[Report on the health of British troops in the Madras command]
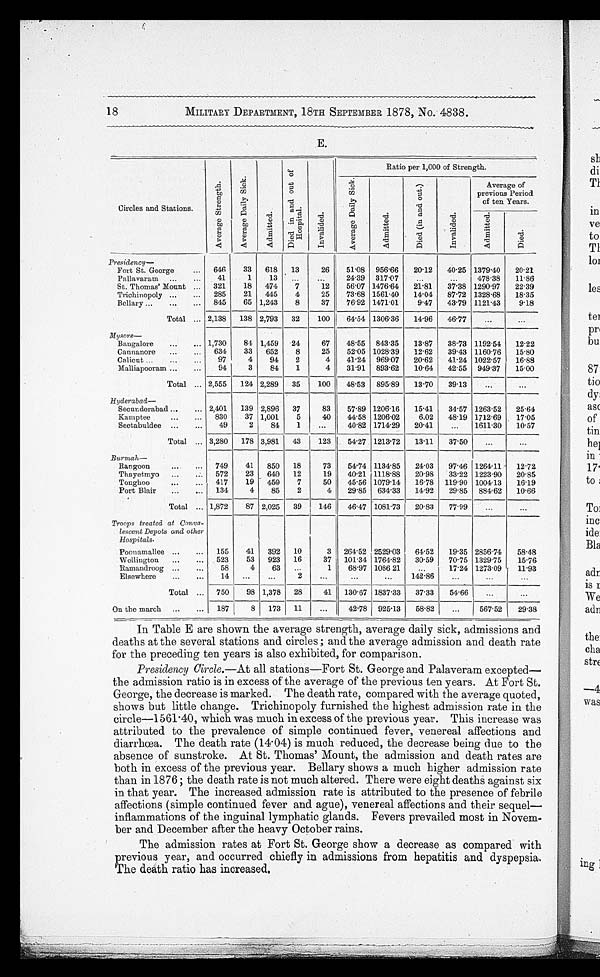
MILITARY DEPARTMENT, 18TH SEPTEMBER 1878, No. 4838.
E.
Circles and Stations.
A v e r a g e S t r e n g t h .
A v e r a g e D a i l y S i c k .
A d m i t t e d .
D i e d i n a n d o u t o f H o s p i t a l .
I n v a l i d e d .
Ratio per 1,000 of Strength.
A v e r a g e D a i l y S i c k .
A d m i t t e d .
D i e d ( i n a n d o u t )
I n v a l i d e d .
Average of
previous Perio
d
of ten Years.
A d m i t t e d .
D i e d .
Presidency —
Fort St. George . . .
646
33
618 13
26
51.08 956.66
20.12
40.25 1379.40
20.21
Pallavaram . . .
41
1
13
. . .
. . .
24.39
3 1 7 . 0 7
. . .
. . .
478.38
11.86
St. Thomas' Mount . . .
321
18
474
7
12
56.07 1476.64
2 1 . 8 1
37.38 1290.97
22.39
Trichinopoly . . .
285
21
445
4
25
73.68 1561.40
14.04
87.72 1328.68
18.35
Bellary . . .
845
65 1,243
8
37
76.92 1471.01
9.47
43.79 1121.43
9.18
Total . . . 2,138
138 2,793
32
100
64.54 1306.36
14.96
46.77
. . .
. . .
Mysore
—
Bangalore . . .
1,730
84 1,459
24
67
48.55 843.35
13.87
38.73 1192.54
12.22
Cannanore . . .
634
33
652
8
25
52.05 1028.39
12.62
39.43 1160.76
15.80
Calicut . . .
97
4
94
2
4
41.24 969.07
20.62
41.24 1022.57
16.88
Malliapooram . . .
94
3
84
1
4
31.91 893.62
10.64
42.55 949.37
15.00
Total . . . 2,555
124 2,289
35
100
48.53 895.89
13.70
39.13
. . .
. . .
Hyderabad —
Secunderabad. . .
2,401
139 2,896
37
83
57.89 1206.16
15.41
34.57 1263.52
25.64
Kamptee . . .
830
37 1,001
5
40
44.58 1206.02
6.02
48.19 1712.69
17.05
Seetabuldee . . .
49
2
84
1
. . .
40.82 1714.29
20.41
. . .
1611.30
10.57
Total . . . 3,280
178 3,981
43
123
54.27 1213.72
13.11
37.50
. . .
. . .
Burmah—
Rangoon . . .
749
41
850
18
73
54.74 1134.85
24.03
97.46 1264.11
12.72
Thayetmyo . . .
572
23
640
12
19
40.21 1118.88
20.98
33.22 1223.90
20.85
Tonghoo . . .
417
19
450
7
50
45.56 1079.14
16.78 119.90 1004.13
16.19
Port Blair . . .
134
4
85
2
4
29.85 634.33
14.92
29.85 884.62
10.66
Total . . . 1,872
87 2,025
39
146
46.47 1081.73
20.83
77.99
. . .
. . .
Troops treated at Conva
-
lescent Depots and other
Hospitals.
Poonamallee . . .
155
41
392
10
3
264.52 2529.03
64.52
19.35 2856.74
58.48
Wellington . . .
523
53
923
16
37
101.34 1764.82
30.59
70.75 1329.75
15.76
Ramandroog . . .
58
4
63
. . .
1
68.97 1086 21
. . . 17.24 1273.09
11.93
Elsewhere . . .
14
. . .
. . .
2
. . .
. . .
. . . 142.86
. . .
. . .
. . .
Total . . .
750
98 1,378
28
41
130.67 1837.33
37.33
54.66
. . .
. . .
On the march . . . 187
8
173
11
. . .
42.78 925.13
58.82
. . .
567.52
29.38
In Table E are shown the average strength, average daily sick, admissions and
deaths at the several stations and circles; and the average admission and death rate
for the preceding ten years is also exhibited, for comparison.
Presidency Circle.—At all stations—Fort St. George and Palaveram excepted
— t h e a d m i s s i o n r a t i o i s i n e x c e s s o f t h e a v e r a g e o f t h e p r e v i o u s t e n y e a r s . A t F o r t S t .
George, the decrease is marked. The death rate, compared with the average quoted,
shows but little change. Trichinopoly furnished the highest admission rate in the
circle—1561.40, which was much in excess of the previous year. This increase was
attributed to the prevalence of simple continued fever, venereal affections and
diarrhœa. The death rate (14.04) is much reduced, the decrease being due to the
absence of sunstroke. At St. Thomas' Mount, the admission and death rates are
both in excess of the previous year. Bellary shows a much higher admission rate
than in 1876; the death rate is not much altered. There were eight deaths against six
in that year. The increased admission rate is attributed to the presence of febrile
affections (simple continued fever and ague), venereal affections and their sequel
—inflammations of the inguinal lymphatic glands. Fevers prevailed most in Novem
- b e r a n d D e c e m b e r a f t e r t h e h e a v y O c t o b e r r a i n s .
The admission rates at Fort St. George show a decrease as compared with
previous year, and occurred chiefly in admissions from hepatitis and dyspepsia.
The death ratio has increased
.